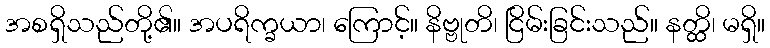
အစရှိသည်တို့၏။ အပရိက္ခယာ၊ ကြောင့်။ နိဗ္ဗုတိ၊ ငြိမ်းခြင်းသည်။ နတ္ထိ၊ မရှိ။